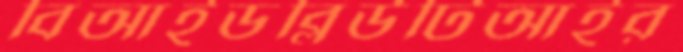
বিআইডব্লিউটিআইর